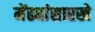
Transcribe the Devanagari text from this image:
मेंढ्यांसारखे